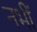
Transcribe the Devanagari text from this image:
नभीं